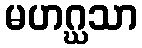
မဟဂ္ဃသာ